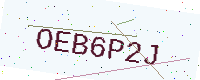
Text: OEB6P2J